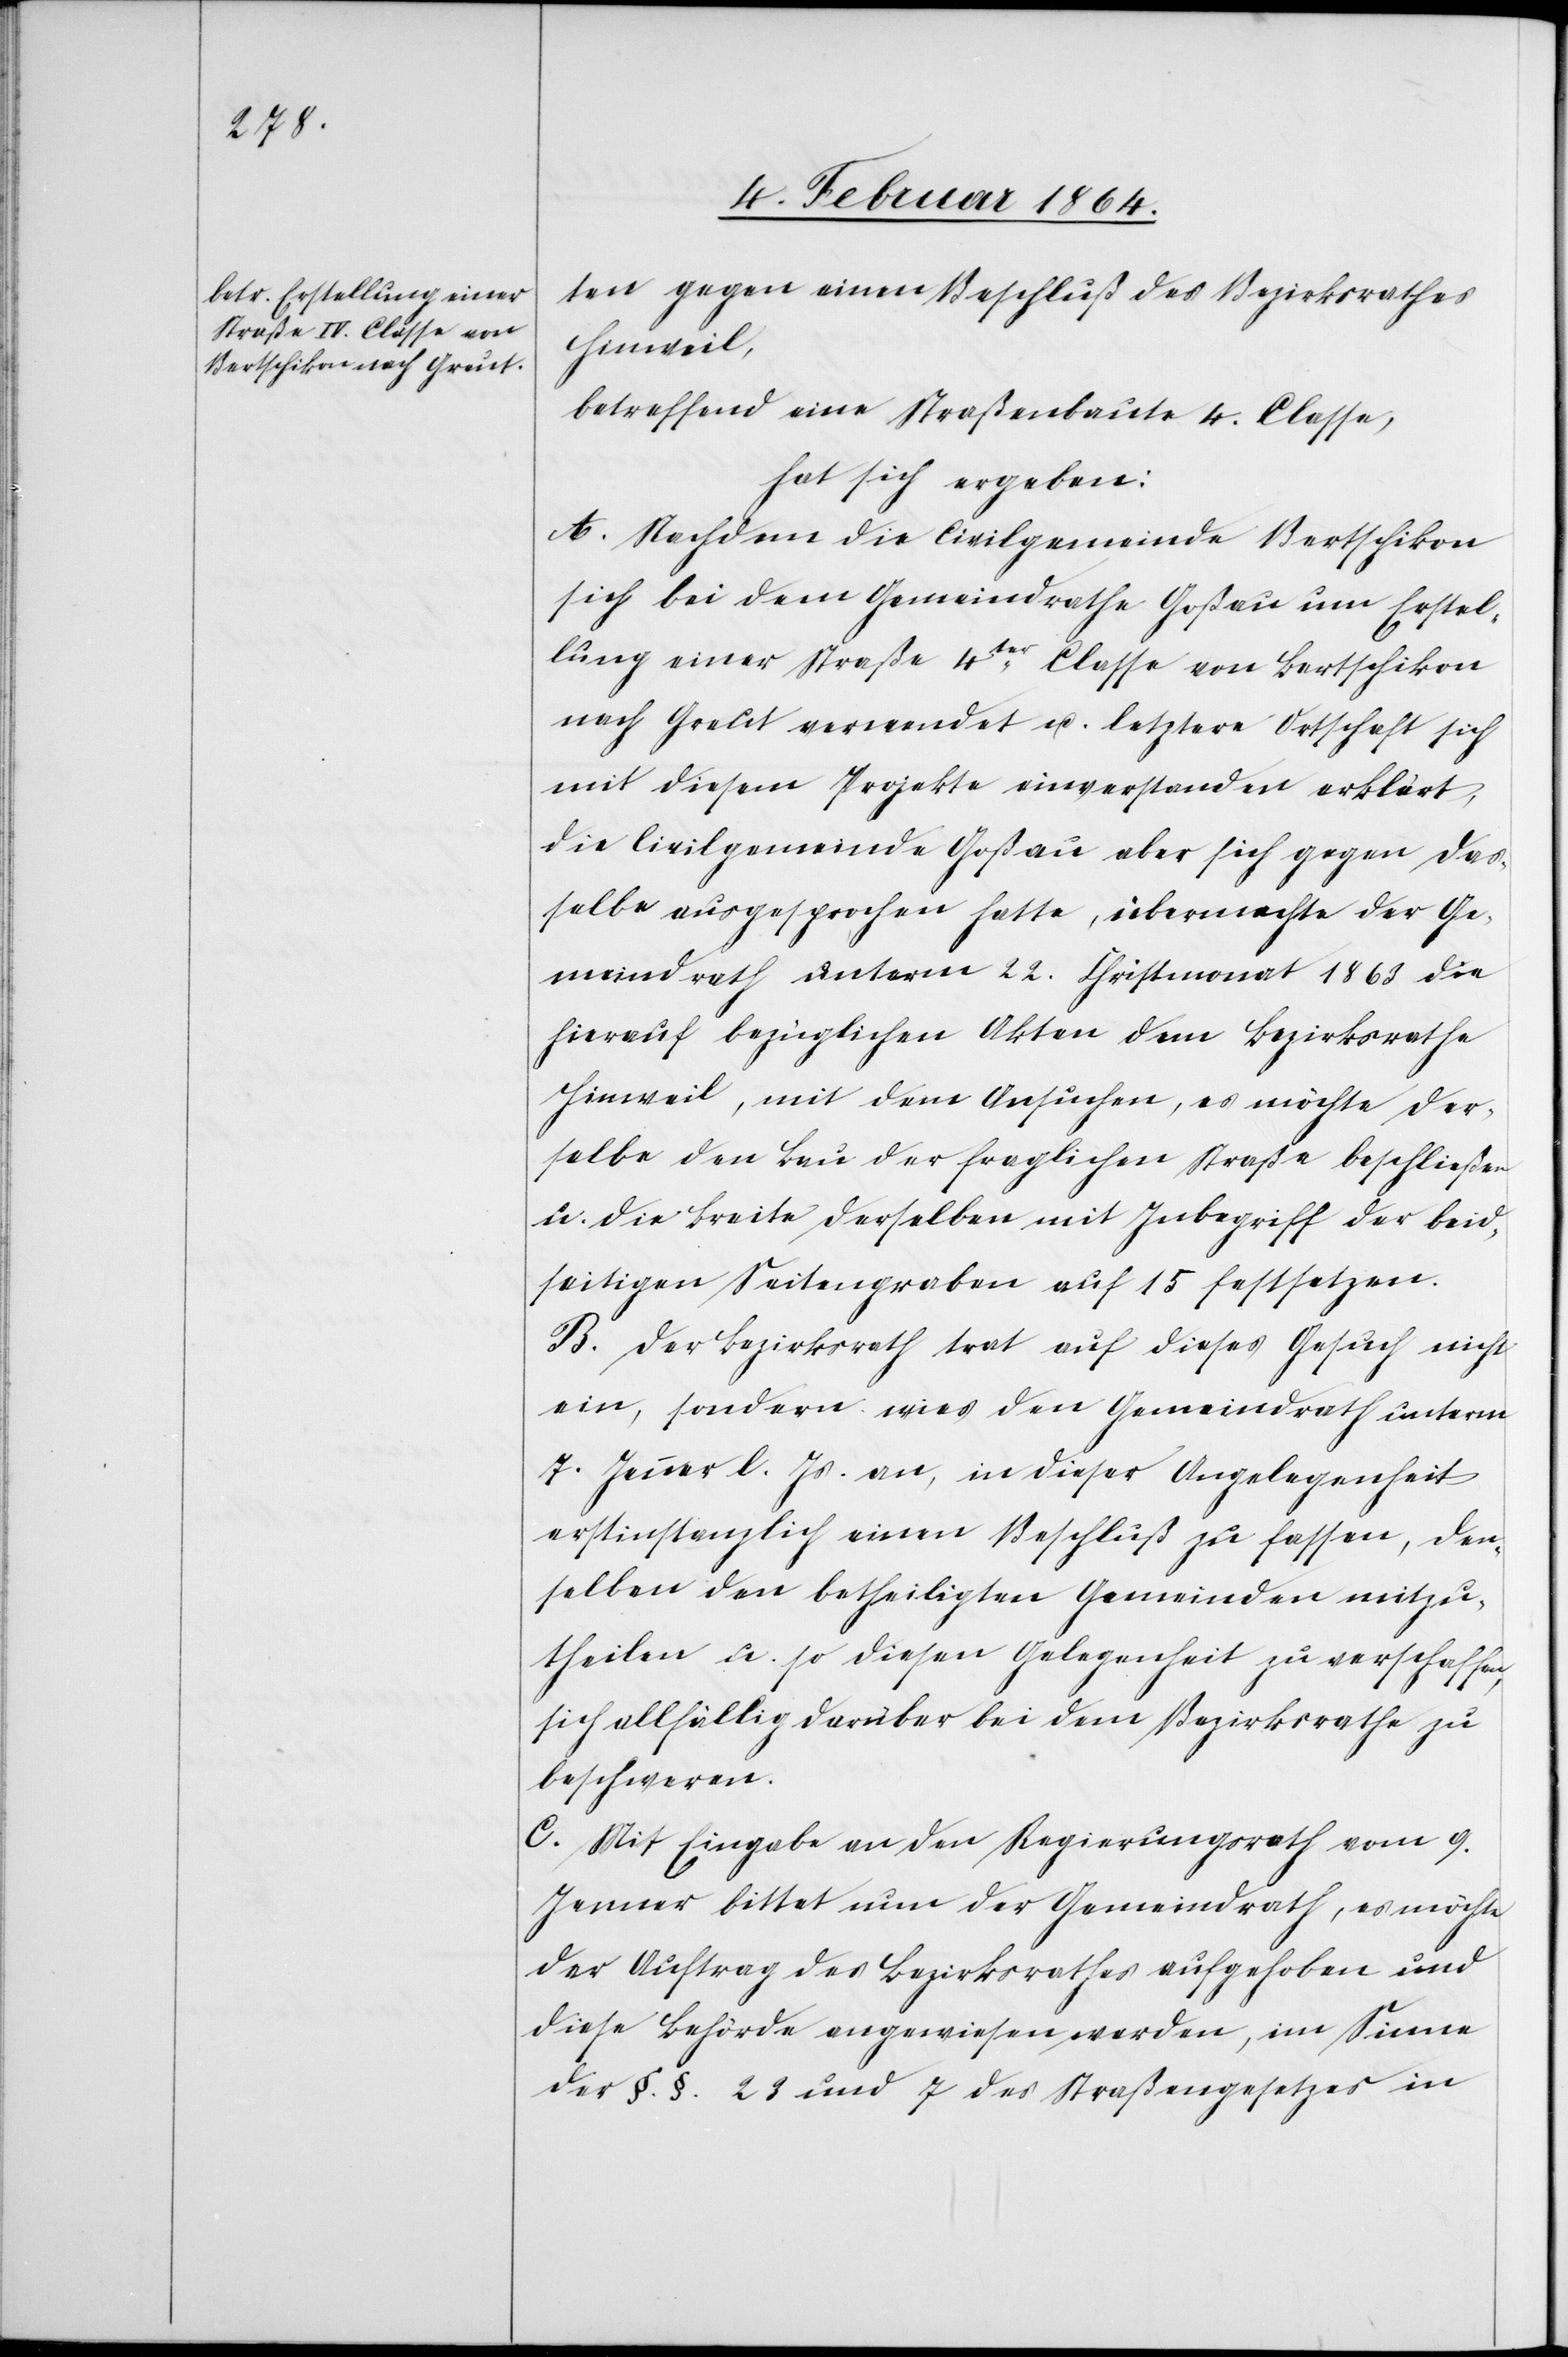
ten gegen einen Beschluß des Bezirksrathes
Hinweil,
betreffend einer Straßenbaute 4. Classe,
hat sich ergeben:
A. Nachdem die Civilgemeinde Bertschikon
sich bei dem Gemeindrathe Goßau um Erstel¬
lung einer Straße 4ter Classe von Bertschikon
nach Greut verwendet u. letztere Ortschaft sich
mit diesem Projekte einverstanden erklärt,
die Civilgemeinde Goßau aber sich gegen das¬
selbe ausgesprochen hatte, übermachte der Ge¬
meindrath unterm 22. Christmonat 1863 die
hierauf bezüglichen Akten dem Bezirksrathe
Hinweil, mit dem Ansuchen, es möchte der¬
selbe den Bau der fraglichen Straße beschließen
u. die Breite derselben mit Inbegriff der beid¬
seitigen Seitengraben auf 15 festsetzen.
B. Der Bezirksrath trat auf dieses Gesuch nicht
ein, sondern wies den Gemeindrath unterm
7. Jenner l. Js. an, in dieser Angelegenheit
erstinstanzlich einen Beschluß zu fassen, den¬
selben den betheiligten Gemeinden mitzu¬
theilen u. so diesen Gelegenheit zu verschaffen,
sich allfällig darüber bei dem Bezirksrathe zu
beschweren.
C. Mit Eingabe an den Regierungsrath vom 9.
Jenner bittet nun der Gemeindrath, es möchte
der Auftrag des Bezirksrathes aufgehoben und
diese Behörde angewiesen werden, im Sinne
der §.§. 23 und 7 des Straßengesetzes in